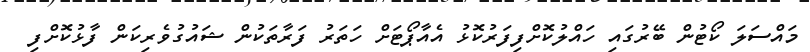
މައްސަލަ ކޯޓުން ބޭރުގައި ހައްލުކޮށްފިފަރުކޮޅު އެއާޕޯޓަށް ހަތަރު ފަރާތަކުން ޝައުގުވެރިކަން ފާޅުކޮށްފި